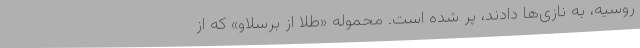
روسیه، به نازی‌ها دادند، پر شده است. محموله «طلا از برسلاو» که از